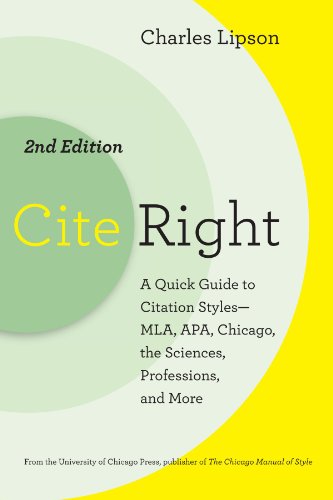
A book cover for Cite Right, Second Edition: A Quick Guide to Citation Styles--MLA, APA, Chicago, the Sciences, Professions, and More (Chicago Guides to Writing, Editing, and Publishing); Charles Lipson; Reference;